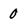
Character: 0